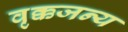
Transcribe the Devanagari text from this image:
वृक्कजन्य